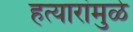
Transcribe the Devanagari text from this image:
हत्यारांमुळे